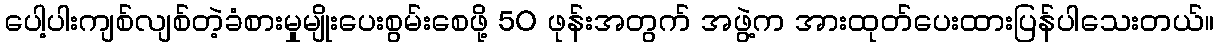
ပေါ့ပါးကျစ်လျစ်တဲ့ခံစားမှုမျိုးပေးစွမ်းစေဖို့ 50 ဖုန်းအတွက် အဖွဲ့က အားထုတ်ပေးထားပြန်ပါသေးတယ်။